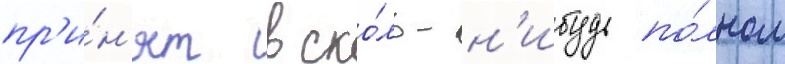
пр'и́н'ят в ско́ль-н'ибудь по́лном